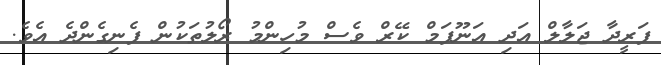
ފަރީދާ ޖަލާލް އަދި އަނޫޕަމް ކޭރް ވެސް މުހިންމު ރޯލުތަކުން ފެނިގެންދެ އެވެ.